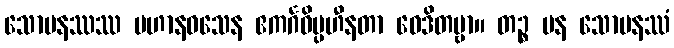
သောမနဿဿ ပဟာနဝသေန ဧကင်္ဂဝိပ္ပဟီနတာ ဝေဒိတဗ္ဗာ။ တဉ္စ ပန သောမနဿံ